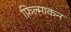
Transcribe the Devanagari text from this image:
फ़िल्माकन